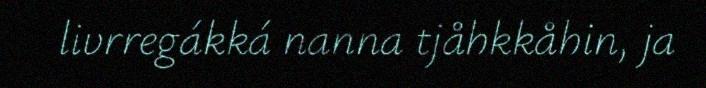
livrregákká nanna tjåhkkåhin, ja